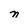
Character: n